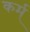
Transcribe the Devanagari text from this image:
कर्म्